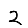
Digit: 2